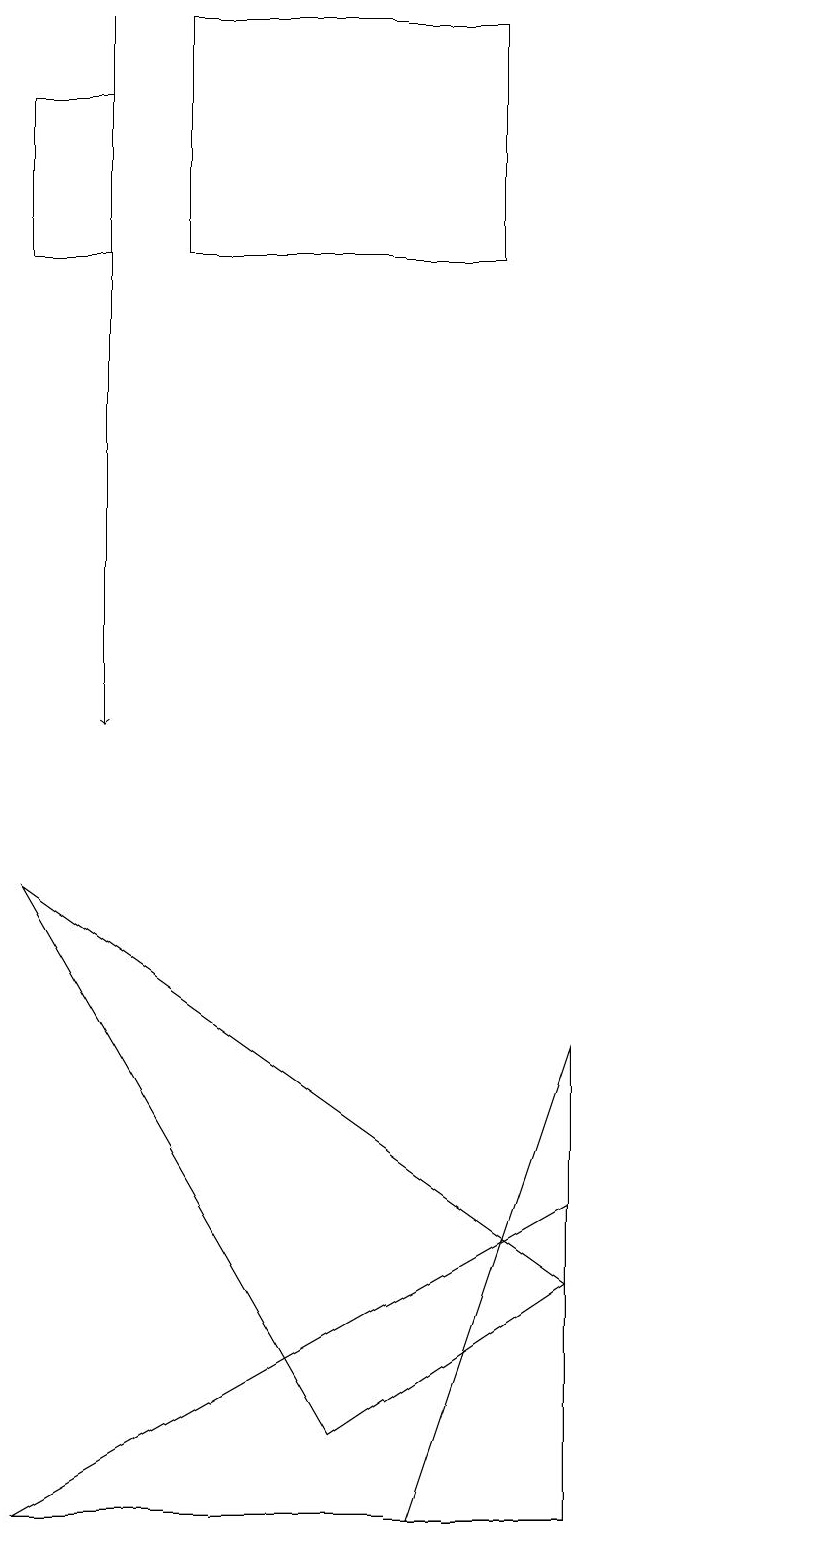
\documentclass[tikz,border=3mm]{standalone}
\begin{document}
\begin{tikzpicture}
\draw (11,11) circle (0);
\draw (6,0) -- (8,6) -- (8,0) -- cycle;
\draw (8,4) -- (8,0) -- (1,0) -- cycle;
\draw (5,1) -- (8,3) -- (1,8) -- cycle;
\draw (1,18) rectangle (2,16);
\draw (3,16) rectangle (7,19);
\draw[->] (2,19) -- (2,10);
\draw (4,18) rectangle (4,18);
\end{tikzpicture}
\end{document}